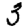
Digit: 3